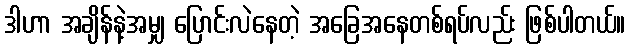
ဒါဟာ အချိန်နဲ့အမျှ ပြောင်းလဲနေတဲ့ အခြေအနေတစ်ရပ်လည်း ဖြစ်ပါတယ်။